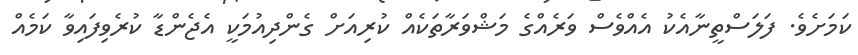
ކަމަށެވެ. ފަލަސްތީނާއެކު އެއްވެސް ވަރެއްގެ މަޝްވަރާތަކެއް ކުރިއަށް ގެންދިއުމަކީ އެޖެންޑާ ކުރެވިފައިވާ ކަމެއް